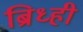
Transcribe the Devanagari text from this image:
ब्रिध्ही